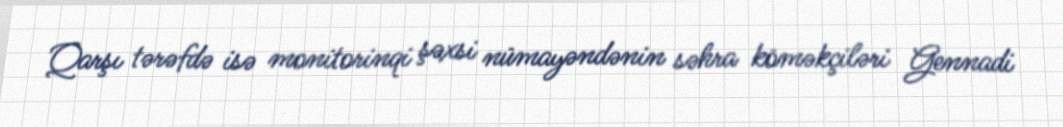
Qarşı tərəfdə isə monitorinqi şəxsi nümayəndənin səhra köməkçiləri Gennadi